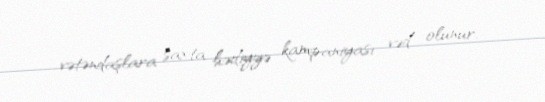
vətəndaşlara saxta hədiyyə kampaniyası vəd olunur.